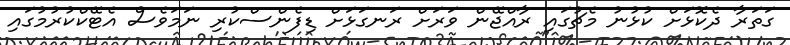
ގަތަރާ ދެކޮޅަށް ކުޅުނު މެޗުގައި ރާއްޖޭން ވަރަށް ރަނގަޅަށް ޑިފެންސްކުރި ނަމަވެސް އެޓޭކްކުރުމުގައި